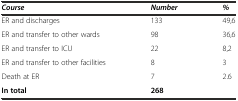
| Course | Number | % |
 | --- | --- | --- |
 | ER and discharges | 133 | 49,6 |
 | ER and transfer to other wards | 98 | 36,6 |
 | ER and transfer to ICU | 22 | 8,2 |
 | ER and transfer to other facilities | 8 | 3 |
 | Death at ER | 7 | 2.6 |
 | In total | 268 |  |